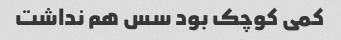
کمی کوچک بود سس هم نداشت